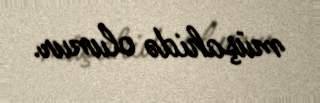
müşahidə olunur.